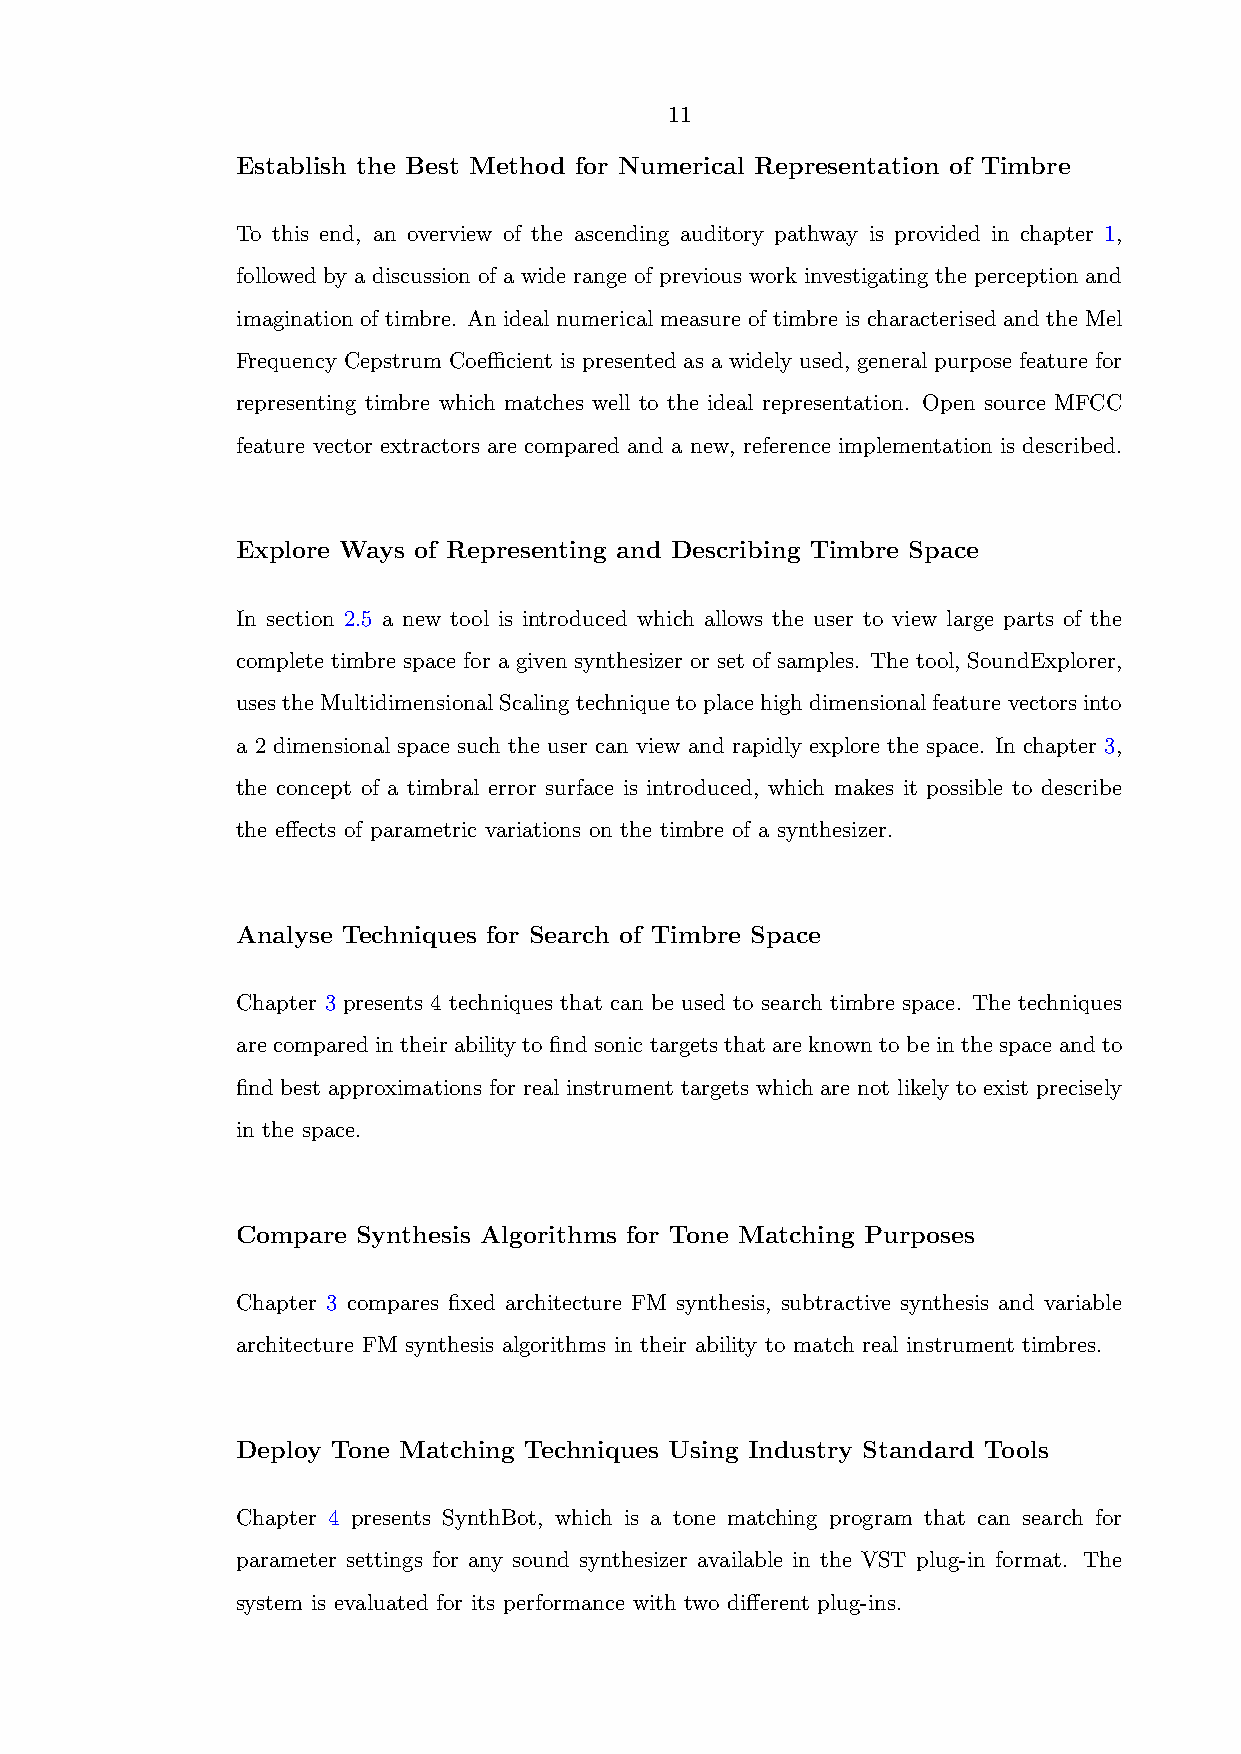
11
 Establish the Best Method for Numerical Representation of Timbre
 To this end, an overview of the ascending auditory pathway is provided in chapter 1,
 followed by a discussion of a wide range of previous work investigating the perception and
 imagination of timbre. An ideal numerical measure of timbre is characterised and the Mel
 Frequency Cepstrum Coefficient is presented as a widely used, general purpose feature for
 representing timbre which matches well to the ideal representation. Open source MFCC
 feature vector extractors are compared and a new, reference implementation is described.
 Explore Ways of Representing and Describing Timbre Space
 In section 2.5 a new tool is introduced which allows the user to view large parts of the
 complete timbre space for a given synthesizer or set of samples. The tool, SoundExplorer,
 usestheMultidimensionalScalingtechniquetoplacehighdimensionalfeaturevectorsinto
 a 2 dimensional space such the user can view and rapidly explore the space. In chapter 3,
 the concept of a timbral error surface is introduced, which makes it possible to describe
 the effects of parametric variations on the timbre of a synthesizer.
 Analyse Techniques for Search of Timbre Space
 Chapter 3 presents 4 techniques that can be used to search timbre space. The techniques
 are compared in their ability to find sonic targets that are known to be in the space and to
 find best approximations for real instrument targets which are not likely to exist precisely
 in the space.
 Compare Synthesis Algorithms for Tone Matching Purposes
 Chapter 3 compares fixed architecture FM synthesis, subtractive synthesis and variable
 architecture FM synthesis algorithms in their ability to match real instrument timbres.
 Deploy Tone Matching Techniques Using Industry Standard Tools
 Chapter 4 presents SynthBot, which is a tone matching program that can search for
 parameter settings for any sound synthesizer available in the VST plug-in format. The
 system is evaluated for its performance with two different plug-ins.